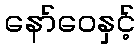
နော်ဝေနှင့်